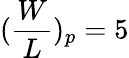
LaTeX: (\frac{W}{L})_{p}=5